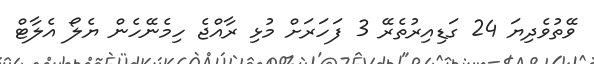
ވޭތުވެދިޔަ 24 ގަޑިއިރުތެރޭ 3 ފަހަރަށް މުޅި ރާއްޖެ ހިމެނޭހެން ޔެލޯ އެލާޓް